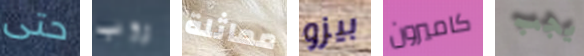
حتى روب مماثلة بيزو كاميرون يجب